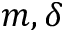
m , \delta